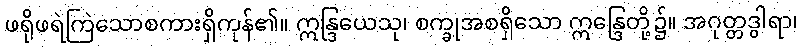
ဖရိုဖရဲကြဲသောစကားရှိကုန်၏။ ဣန္ဒြယေသု၊ စက္ခုအစရှိသော ဣန္ဒြေတို့၌။ အဂုတ္တဒွါရာ၊